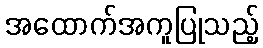
အထောက်အကူပြုသည့်